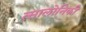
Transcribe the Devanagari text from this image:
त्सालोनिकी